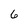
Character: 6